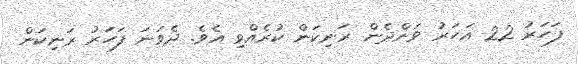
ފަހަރު 22 އަހަރު ވަންދެން ރަނިކަން ކުރެއްވި އެވެ. ދެވަނަ ފަހަރު ރަނިކަން